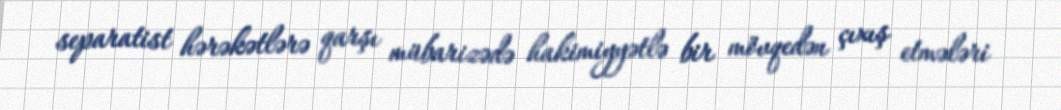
separatist hərəkətlərə qarşı mübarizədə hakimiyyətlə bir mövqedən çıxış etmələri